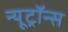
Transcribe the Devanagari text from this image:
न्यूट्रॉन्स